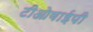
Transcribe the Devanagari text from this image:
टीओवाईपी